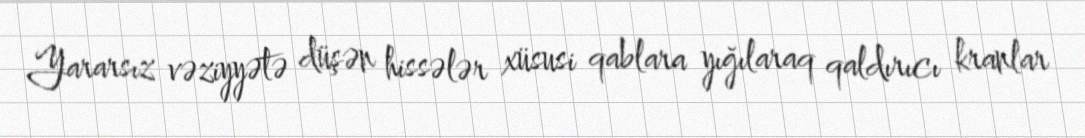
Yararsız vəziyyətə düşən hissələr xüsusi qablara yığılaraq qaldırıcı kranlar